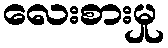
လေးစားမှု